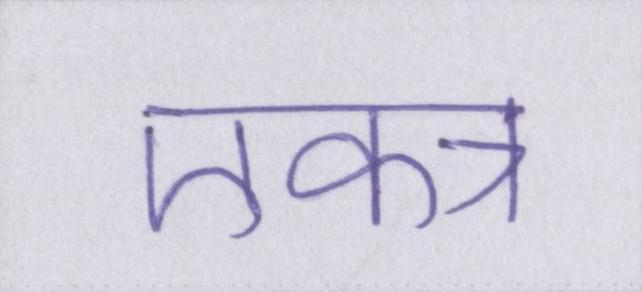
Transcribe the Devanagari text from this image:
एकत्र